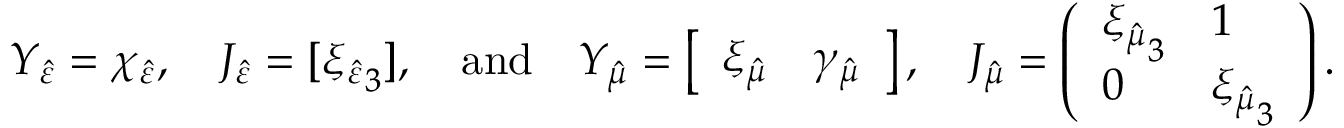
Y _ { \hat { \varepsilon } } = \chi _ { \hat { \varepsilon } } , \quad J _ { \hat { \varepsilon } } = [ { \xi _ { \hat { \varepsilon } } } _ { 3 } ] , \quad \mathrm { a n d } \quad Y _ { \hat { \mu } } = \left[ \begin{array} { l l } { \xi _ { \hat { \mu } } } & { \gamma _ { \hat { \mu } } } \end{array} \right] , \quad J _ { \hat { \mu } } = \left( \begin{array} { l l } { { \xi _ { \hat { \mu } } } _ { 3 } } & { 1 } \\ { 0 } & { { \xi _ { \hat { \mu } } } _ { 3 } } \end{array} \right) .